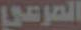
المرعي